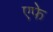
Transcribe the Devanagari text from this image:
एफे